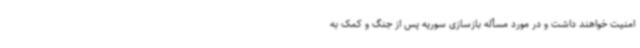
امنیت خواهند داشت و در مورد مسأله بازسازی سوریه پس از جنگ و کمک به